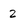
Character: 2